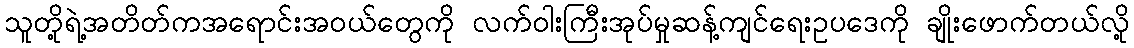
သူတို့ရဲ့အတိတ်ကအရောင်းအဝယ်တွေကို လက်ဝါးကြီးအုပ်မှုဆန့်ကျင်ရေးဥပဒေကို ချိုးဖောက်တယ်လို့